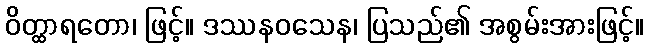
ဝိတ္ထာရတော၊ ဖြင့်။ ဒဿနဝသေန၊ ပြသည်၏ အစွမ်းအားဖြင့်။